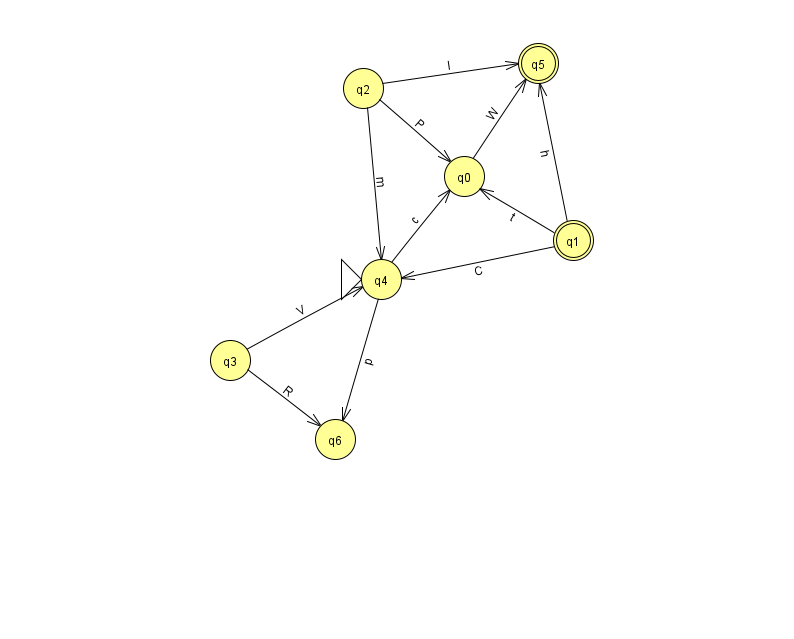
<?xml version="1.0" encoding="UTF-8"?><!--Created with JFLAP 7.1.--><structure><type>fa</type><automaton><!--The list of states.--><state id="0" name="q0"><x>464.0</x><y>163.0</y></state><state id="1" name="q1"><x>573.0</x><y>227.0</y><final/></state><state id="2" name="q2"><x>363.0</x><y>75.0</y></state><state id="3" name="q3"><x>230.0</x><y>347.0</y></state><state id="4" name="q4"><x>381.0</x><y>266.0</y><initial/></state><state id="5" name="q5"><x>538.0</x><y>50.0</y><final/></state><state id="6" name="q6"><x>335.0</x><y>426.0</y></state><!--The list of transitions.--><transition><from>1</from><to>5</to><read>h</read></transition><transition><from>2</from><to>0</to><read>P</read></transition><transition><from>2</from><to>4</to><read>m</read></transition><transition><from>3</from><to>6</to><read>R</read></transition><transition><from>4</from><to>6</to><read>p</read></transition><transition><from>3</from><to>4</to><read>V</read></transition><transition><from>0</from><to>5</to><read>W</read></transition><transition><from>1</from><to>4</to><read>C</read></transition><transition><from>2</from><to>5</to><read>I</read></transition><transition><from>1</from><to>0</to><read>t</read></transition><transition><from>4</from><to>0</to><read>c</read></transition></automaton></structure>